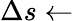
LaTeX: \Delta s\gets